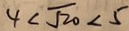
4 < \sqrt { 2 0 } < 5